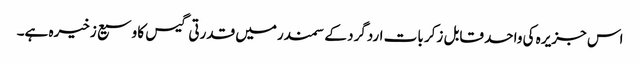
اس جزیرہ کی واحد قابل زکر بات اردگرد کے سمندرمیں قدرتی گیس کا وسیع زخیرہ ہے۔